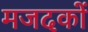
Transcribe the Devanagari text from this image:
मजदकों